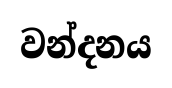
වන්දනය